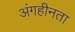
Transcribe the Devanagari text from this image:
अंगहीनता